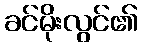
ခင်မိုးလွင်၏